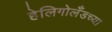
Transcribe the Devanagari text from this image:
हेलिगोलँडच्या